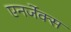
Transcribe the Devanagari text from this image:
एनर्जेक्स